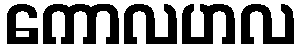
ကောလဟလ